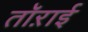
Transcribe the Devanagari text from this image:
तॉऱाई